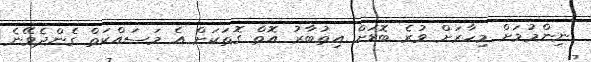
ނިންމުމަށް މިހާރަށް ވުރެ ބޮޑަށް އިތުބާރު އޮތް ގޮތަކަށް އެ މަސައްކަތް ގެންދެވޭނެ